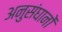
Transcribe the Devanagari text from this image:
अनुसंघानों